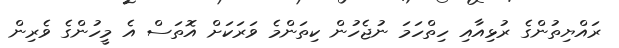
ރައްޔިތުންގެ ރުޅިއާއި ހިތްހަމަ ނުޖެހުން ކިތަންމެ ވަރަކަށް އޮތަސް އެ މީހުންގެ ވެރިން